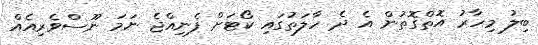
ބިލު މިހާރު އޮތްގޮތުން އެ ދެ ހާލަތުގައި ކޯޓަށް ފެނިއްޖެ ނަމަ ނޫސްވެރިއެއް